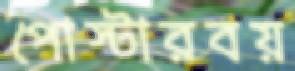
পোস্টারবয়